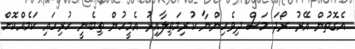
އެގޮތުން އޭރު ރޯދަ މަސް ދިވެހިންނާ ކުރިމަތިލާއިރު އެމީހުން ތިބެނީ ހުރިހައި ކަމެއްކޮށް